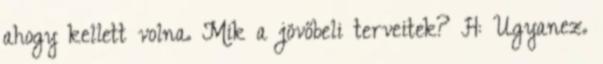
ahogy kellett volna. Mik a jövőbeli terveitek? H: Ugyanez.